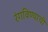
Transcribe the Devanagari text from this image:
रंगविण्याची